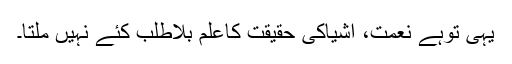
یہی توہے نعمت، اشیاکی حقیقت کاعلم بلاطلب کئے نہیں ملتا۔